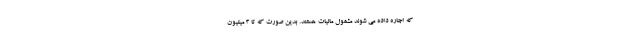
که اجاره داده می شوند مشمول مالیات هستند. بدین صورت که تا ۳ میلیون